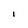
Character: l